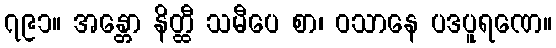
၇၉၁။ အန္တော နိတ္ထီ သမီပေ စာ၊ ဝသာနေ ပဒပူရဏေ။